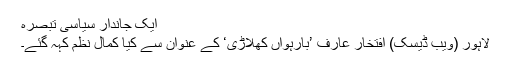
ایک جاندار سیاسی تبصرہ
لاہور (ویب ڈیسک) افتخار عارف ’بارہواں کھلاڑی‘ کے عنوان سے کیا کمال نظم کہہ گئے۔